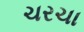
ચરચા